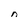
Character: n